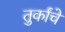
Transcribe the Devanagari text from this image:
तुर्कांचे